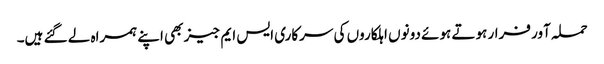
حملہ آور فرار ہوتے ہوئے دونوں اہلکاروں کی سرکاری ایس ایم جیز بھی اپنے ہمراہ لے گئے ہیں۔